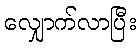
လျှောက်လာပြီး